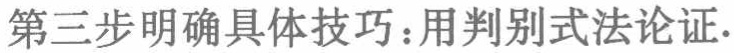
第三步明确具体技巧：用判别式法论证.